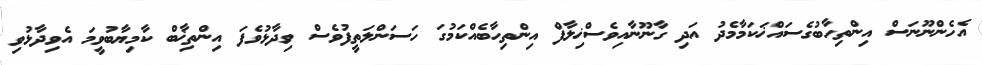
އެހެންނޫނަސް އިންތިހާބުގެސައްޚަކަމާމެދު އަދި ގާނޫނާއިވެސްޚިލާފް އިންތިހާބެއްކަމުގަ ހަސަންލަތީފުވެސް ވިދާޅުވެފަ އިންތިޚާބް ކާމިޔާބުވީމަ އެވިދާޅުވި